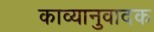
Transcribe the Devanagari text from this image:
काव्यानुवादक